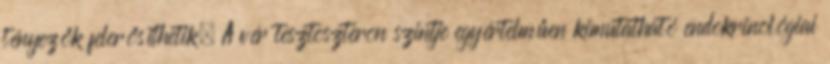
tényezők felerősíthetik. A vér tesztoszteron szintje egyértelműen kimutatható endokrinológiai